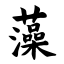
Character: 藻